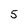
Character: 5